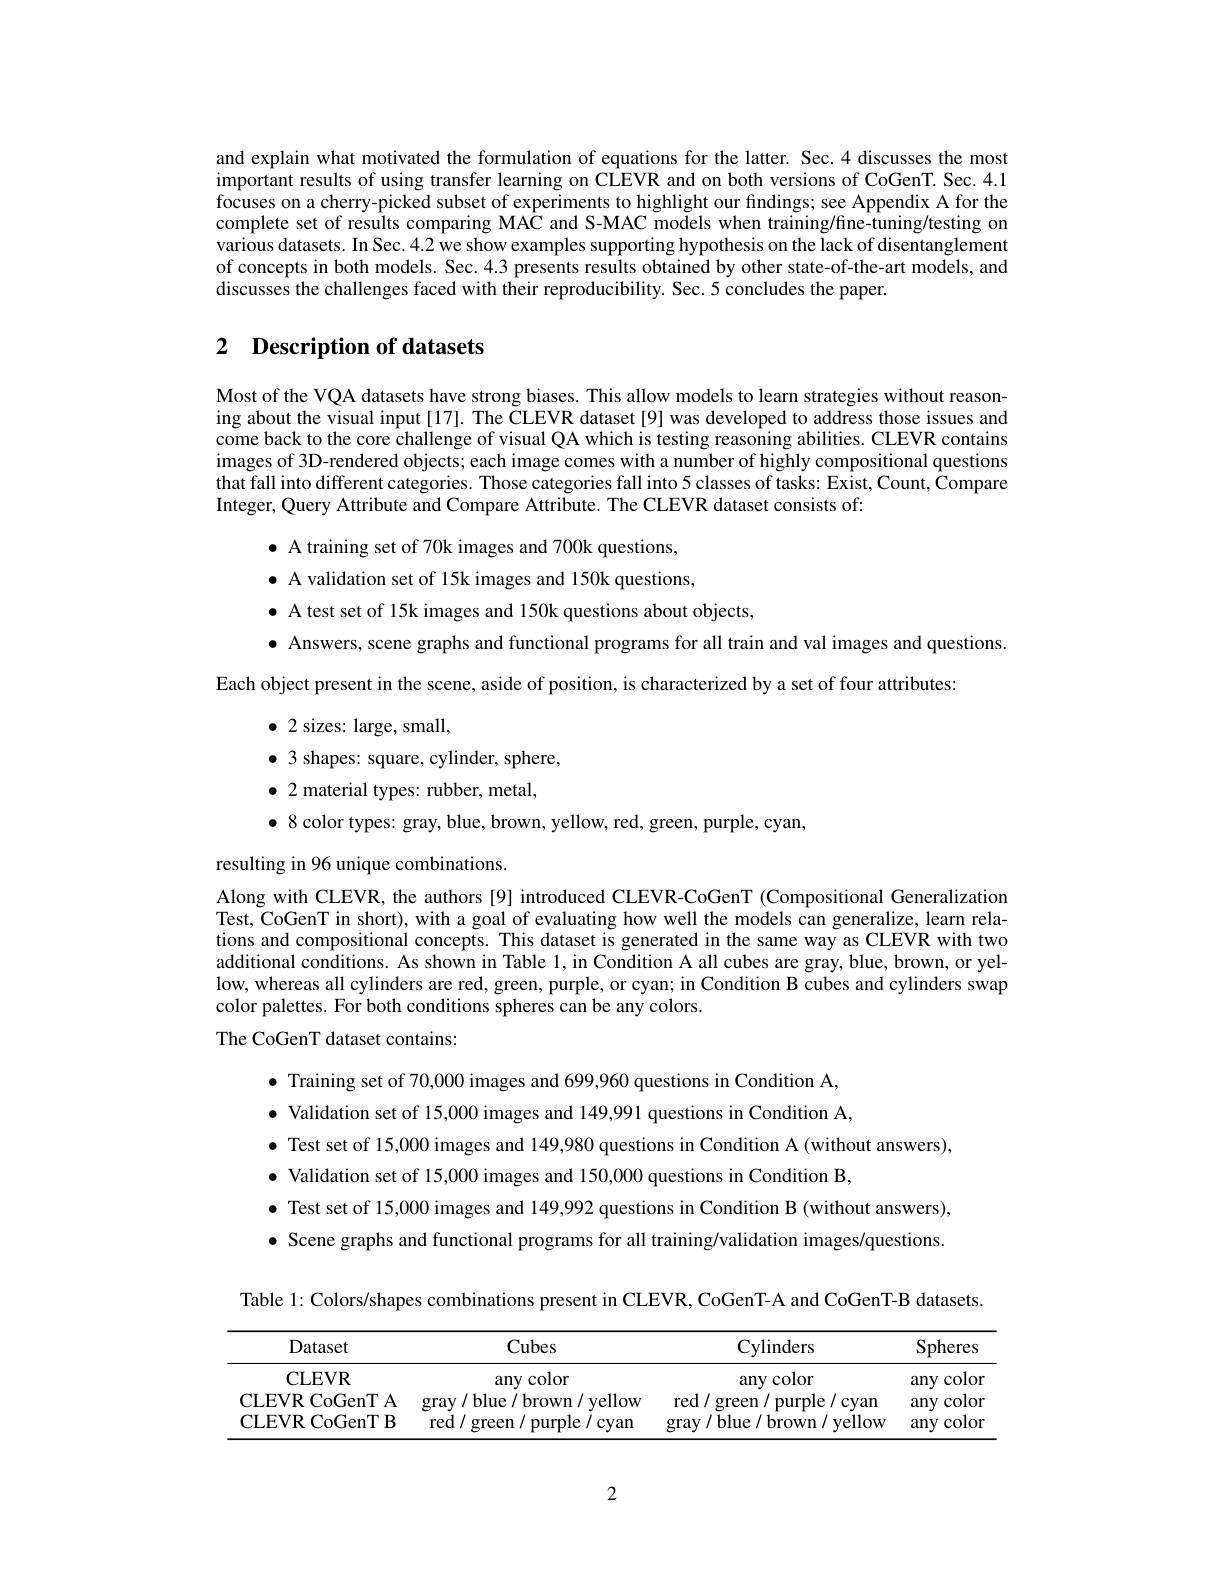
and explain what motivated the formulation of equations for the latter. Sec.4 discusses the most important results of using transfer learning on CLEVR and on both versions of CoGenT. Sec. 4.1 focuses on a cherry-picked subset of experiments to highlight our findings; see Appendix A for the complete set of results comparing MAC and S-MAC models when training/fine-tuning/testing on various datasets. In Sec. 4.2 we show examples supporting hypothesis on the lack of disentanglement of concepts in both models. Sec. 4.3 presents results obtained by other state-of-the-art models, and discusses the challenges faced with their reproducibility. Sec. 5 concludes the paper.

## 2 $\textbf{Description of datasets}$

Most of the VQA datasets have strong biases. This allow models to learn strategies without reasoning about the visual input[17]. The CLEVR dataset[9] was developed to address those issues and come back to the core challenge of visual QA which is testing reasoning abilities. CLEVR contains images of 3D-rendered objects; each image comes with a number of highly compositional questions that fall into different categories. Those categories fall into 5 classes of tasks: Exist, Count, $\bar{\text{Compare}}$ Integer, Query Attribute and Compare Attribute. The CLEVR dataset consists of:
$\bullet$ A training set of 70k images and 700k questions,
$\bullet$ A validation set of 15k images and 150k questions,
$\bullet$ A test set of 15k images and 150k questions about objects,
$\bullet$ Answers, scene graphs and functional programs for all train and val images and questions.
Each object present in the scene, aside of position, is characterized by a set of four attributes:
$\bullet$ 2 sizes: large, small,
$\bullet$ 3 shapes: square, cylinder, sphere,
$\bullet$ 2 material types: rubber, metal,
$\bullet$ 8 color types: gray, blue, brown, yellow, red, green, purple, cyan
resulting in 96 unique combinations
Along with CLEVR, the authors [9] introduced CLEVR-CoGenT (Compositional Generalization Test, CoGenT in short), with a goal of evaluating how well the models can generalize, learm relations and compositional concepts. This dataset is generated in the same way as CLEVR with two additional conditions. As shown in Table l, in Condition A all cubes are gray, blue, brown, or yellow, whereas all cylinders are red, green, purple, or cyan; in Condition B cubes and cylinders swap color palettes. For both conditions spheres can be any colors.
The CoGenT dataset contains:
$\bullet$ Training set of 70,000 images and 699,960 questions in Condition A, $\bullet$ Validation set of 15,000 images and 149,991 questions in Condition A, $\bullet$ Test set of 15,000 images and 149,980 questions in Condition A (without answers),
$\bullet$ Validation set of 15,000 images and 150,000 questions in Condition B,
$\bullet$ Test set of 15,000 images and 149,992 questions in Condition B (without answers), · Scene graphs and functional programs for all training/validation images/questions.
Table 1: Colors/shapes combinations present in CLEVR, CoGenT-A and CoGenT-B datasets

<table>
	<tbody>
		<tr>
			<th>Dataset</th>
			<th>Cubes</th>
			<th>Cylinders</th>
			<th>Spheres</th>
		</tr>
		<tr>
			<td>CLEVR</td>
			<td>any color</td>
			<td>any color</td>
			<td>color any</td>
		</tr>
		<tr>
			<td>CLEVR CoGenT A</td>
			<td>gray/ blue/ brown/ yellow</td>
			<td>red/ green/p purple/cyan</td>
			<td>color any</td>
		</tr>
		<tr>
			<td>CLEVR CoGenT B</td>
			<td>red/ purple/cyan green /</td>
			<td>gray/ blue/ brown/ yellow</td>
			<td>color any</td>
		</tr>
	</tbody>
</table>

2